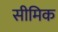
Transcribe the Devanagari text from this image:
सीमिक